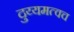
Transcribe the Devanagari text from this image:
दुय्यमत्वच